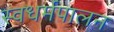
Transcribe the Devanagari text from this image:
स्वधर्मपालन